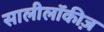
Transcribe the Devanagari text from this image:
सालीलॉकीज़